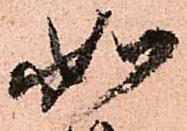
如